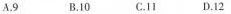
A.9 B.10 C.11 D.12